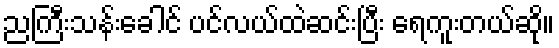
ညကြီးသန်းခေါင် ပင်လယ်ထဲဆင်းပြီး ရေကူးတယ်ဆို။